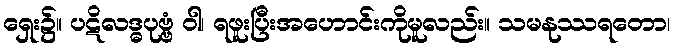
ရှေး၌။ ပဋိလဒ္ဓပုဗ္ဗံ ဝါ၊ ရဖူးပြီးအဟောင်းကိုမူလည်း။ သမနုဿရတော၊